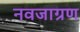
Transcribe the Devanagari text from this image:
नवजाग्रण